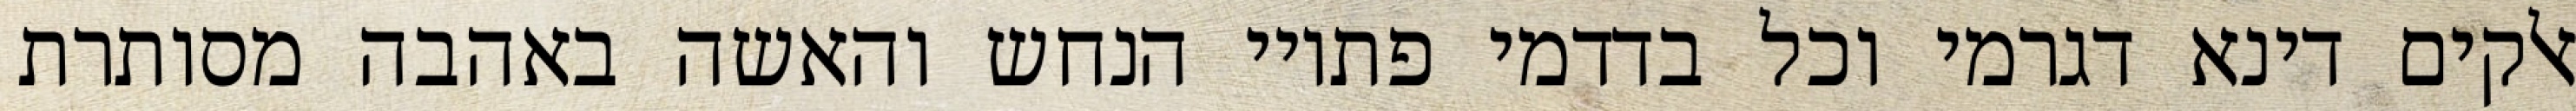
אלקים דינא דגרמי וכל בדדמי פתויי הנחש והאשה באהבה מסותרת